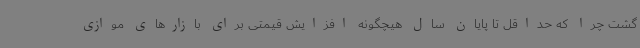
گشت چرا که حداقل تا پایان سال هیچگونه افزایش قیمتی برای بازارهای موازی